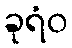
ခုရံဝ